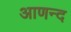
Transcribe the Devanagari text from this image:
आणन्द